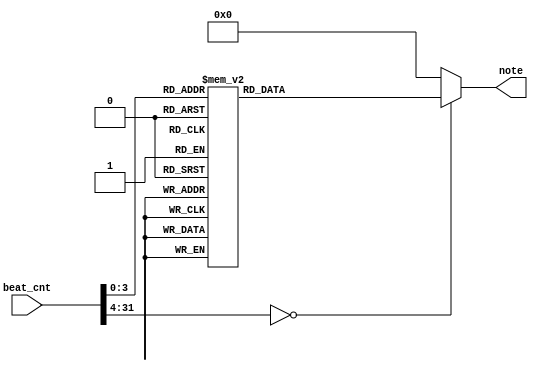
module Music_NO_SCORE (
	input [32-1:0] beat_cnt,	
	output reg [5-1:0] note
);

    parameter [5-1:0] S = 5'd0;

    parameter [5-1:0] C4 = 5'd1;
    parameter [5-1:0] D4 = 5'd2;
    parameter [5-1:0] E4 = 5'd3;
    parameter [5-1:0] F4 = 5'd4;
    parameter [5-1:0] G4 = 5'd5;
    parameter [5-1:0] A4 = 5'd6;
    parameter [5-1:0] B4 = 5'd7;

    parameter [5-1:0] C5 = 5'd8;

    always @(*) begin
        case(beat_cnt)
            5'd0: note = S;
            5'd1: note = C5;
            5'd2: note = B4;
            5'd3: note = A4;
            5'd4: note = G4;
            5'd5: note = F4;
            5'd6: note = E4;
            5'd7: note = D4;
            5'd8: note = C4;
            default: note = S;
        endcase
    end

endmodule